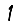
Digit: 1